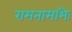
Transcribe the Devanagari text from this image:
रामनामभिः